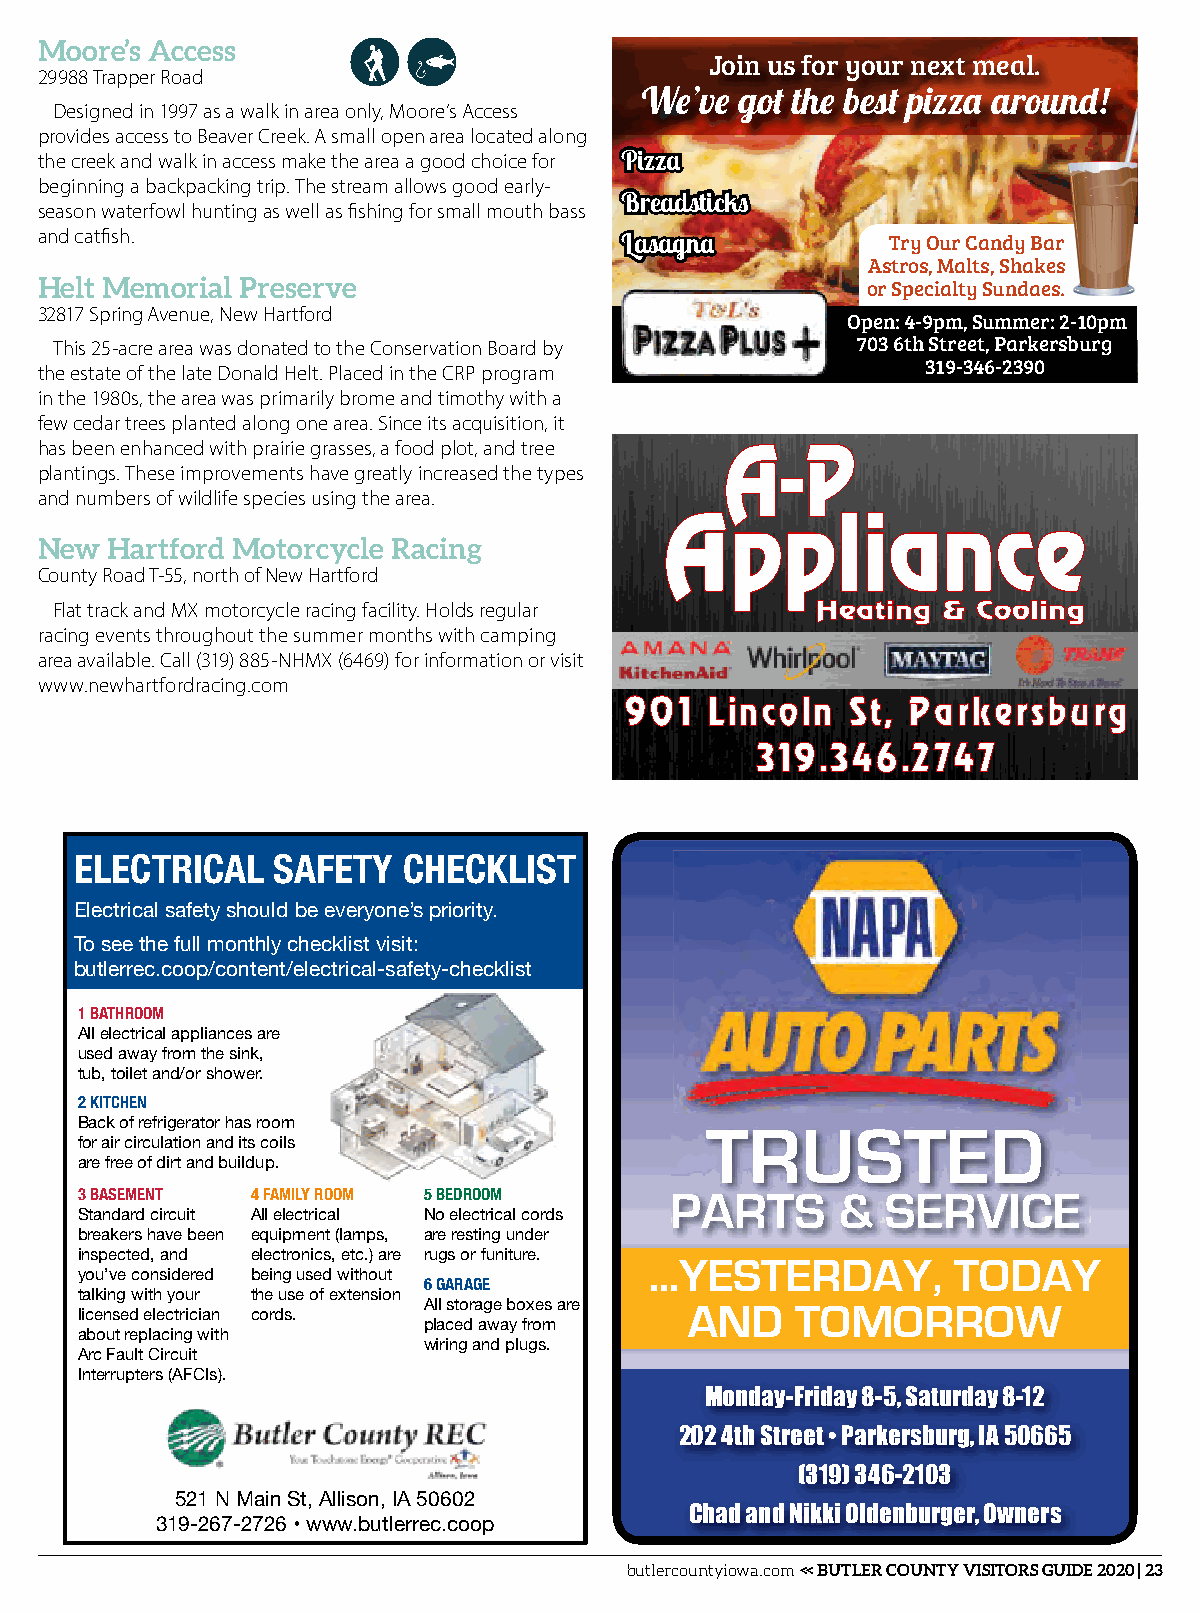
Moore’s Access
 Join us for your next meal.
 29988 Trapper Road
 We’ve  got the best pizza around!
 Designed in 1997 as a walk in area only, Moore’s Access
 provides access to Beaver Creek. A small open area located along
 the creek and walk in access make the area a good choice for Pizza
 beginning a backpacking trip. The stream allows good early-
 Breadsticks
 season waterfowl hunting as well as fishing for small mouth bass
 and catfish.                           Lasagna           Try Our Candy Bar
 Astros, Malts, Shakes
 Helt Memorial Preserve
 or Specialty Sundaes.
 32817 Spring Avenue, New Hartford
 Open: 4-9pm, Summer: 2-10pm
 This 25-acre area was donated to the Conservation Board by 703 6th Street, Parkersburg
 the estate of the late Donald Helt. Placed in the CRP program 319-346-2390
 in the 1980s, the area was primarily brome and timothy with a
 few cedar trees planted along one area. Since its acquisition, it
 has been enhanced with prairie grasses, a food plot, and tree
 plantings. These improvements have greatly increased the types
 and numbers of wildlife species using the area.
 New  Hartford Motorcycle Racing
 County Road T-55, north of New Hartford
 Flat track and MX motorcycle racing facility. Holds regular
 racing events throughout the summer months with camping
 area available. Call (319) 885-NHMX (6469) for information or visit
 www.newhartfordracing.com
 ELECTRICAL   SAFETY   CHECKLIST
 Electrical safety should be everyone’s priority.
 To see the full monthly checklist visit:
 butlerrec.coop/content/electrical-safety-checklist
 1 BATHROOM
 All electrical appliances are
 used away from the sink,
 tub, toilet and/or shower.
 2 KITCHEN
 Back of refrigerator has room             TRUSTED
 for air circulation and its coils
 are free of dirt and buildup.
 3 BASEMENT  4 FAMILY ROOM 5 BEDROOM    PARTS      &   SERVICE
 Standard circuit All electrical No electrical cords
 breakers have been equipment (lamps, are resting under
 inspected, and electronics, etc.) are rugs or funiture. …YESTERDAY, TODAY
 you’ve considered being used without
 6 GARAGE
 talking with your the use of extension
 All storage boxes are AND TOMORROW
 licensed electrician cords.
 placed away from
 about replacing with
 wiring and plugs.
 Arc Fault Circuit
 Interrupters (AFCIs).
 Monday-Friday 8-5, Saturday 8-12
 202 4th Street • Parkersburg, IA 50665
 (319) 346-2103
 521 N Main St, Allison, IA 50602
 Chad and Nikki Oldenburger, Owners
 319-267-2726 • www.butlerrec.coop
 butlercountyiowa.com << BUTLER COUNTY VISITORS GUIDE 2020 | 23